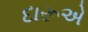
દારૂએ